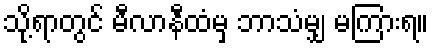
သို့ရာတွင် မီလာနီထံမှ ဘာသံမျှ မကြားရ။